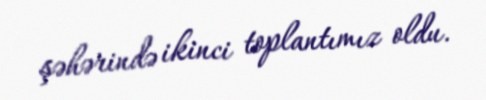
şəhərində ikinci toplantımız oldu.